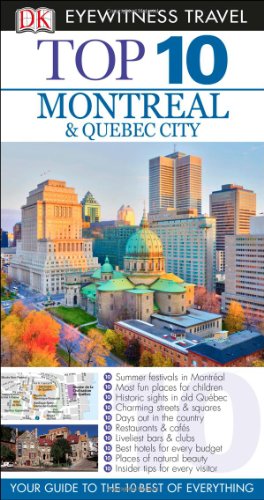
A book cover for Top 10 Montreal & Quebec City (Eyewitness Top 10 Travel Guide); Gregory Gallagher; Travel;